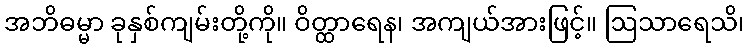
အဘိဓမ္မာ ခုနှစ်ကျမ်းတို့ကို။ ဝိတ္ထာရေန၊ အကျယ်အားဖြင့်။ ဩသာရေသိ၊